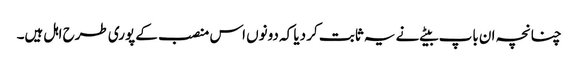
چنانچہ ان باپ بیٹے نے یہ ثابت کر دیا کہ دونوں اس منصب کے پوری طرح اہل ہیں۔